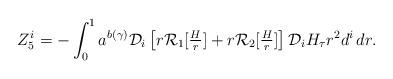
LaTeX: \begin{align*}Z^i_5=- \int_0^1 a^{b(\gamma)} \mathcal{D}_i \left[ r \mathcal{R}_1[\tfrac{H}{r}] + r \mathcal{R}_2[\tfrac{H}{r}] \right] \mathcal{D}_i H_\tau r^2 d^i \, dr.\end{align*}